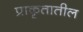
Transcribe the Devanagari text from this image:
प्राकृतातील